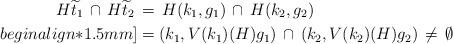
LaTeX: \begin{align*}H \widetilde{t}_1 \,\cap\, H \widetilde{t}_2 \,& = \, H (k_1, g_1) \,\cap\, H (k_2, g_2) \\begin{align*}1.5mm] & = (k_1, V(k_1)(H) g_1) \,\cap\, (k_2, V(k_2)(H) g_2) \,\neq \,\emptyset\end{align*}